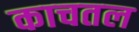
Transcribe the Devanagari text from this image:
काचतल